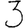
Digit: 3